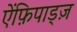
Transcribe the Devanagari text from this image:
ऐंफ़िपाड्ज़